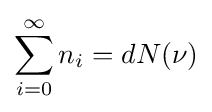
\sum _{i=0}^{\infty }n_{i}=dN(\nu )